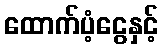
ထောက်ပံ့ငွေနှင့်